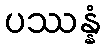
ပဿန္နံ